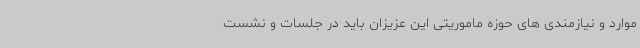
موارد و نیازمندی های حوزه ماموریتی این عزیزان باید در جلسات و نشست